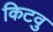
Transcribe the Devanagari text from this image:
किटवु